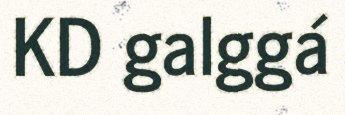
KD galggá